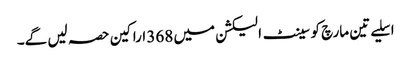
اسلیے تین مارچ کو سینٹ الیکشن میں 368 اراکین حصہ لیں گے۔